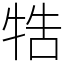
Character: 牿